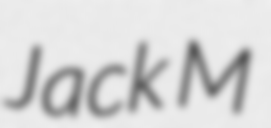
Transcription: Jack M